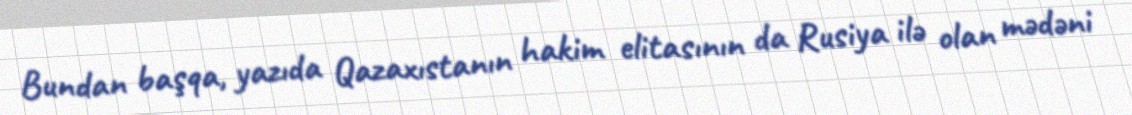
Bundan başqa, yazıda Qazaxıstanın hakim elitasının da Rusiya ilə olan mədəni